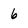
Character: 6